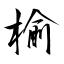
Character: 榆